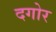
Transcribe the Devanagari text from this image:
दगोर